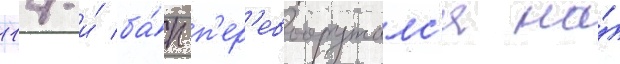
114-и́ ба́п п'ер'евооружалс'я на́